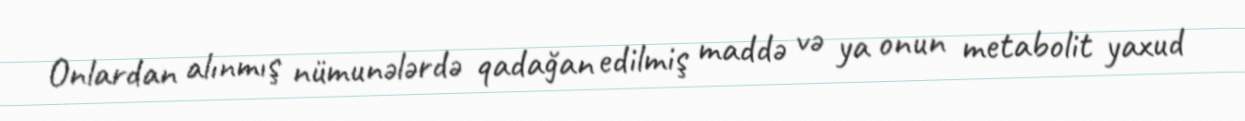
Onlardan alınmış nümunələrdə qadağan edilmiş maddə və ya onun metabolit yaxud